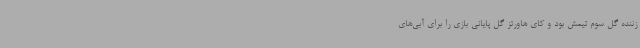
زننده گل سوم تیمش بود و کای هاورتز گل پایانی بازی را برای آبی‌های